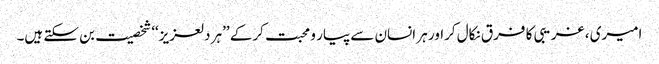
امیری ، غریبی کا فرق نکال کراور ہر انسان سے پیار و محبت کرکے ’’ہر دلعزیز‘‘ شخصیت بن سکتے ہیں۔